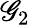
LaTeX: \mathscr{G}_{2}